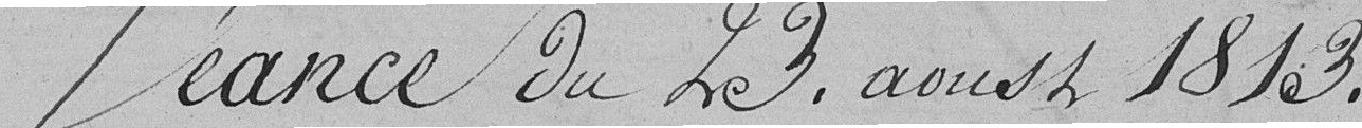
Séance du 23 août 1813